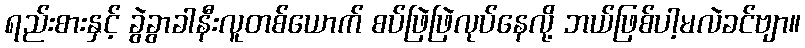
ရည်းစားနှင့် ခွဲခွာခါနီးလူတစ်ယောက် စပ်ဖြဲဖြဲလုပ်နေလို့ ဘယ်ဖြစ်ပါ့မလဲခင်ဗျာ။